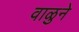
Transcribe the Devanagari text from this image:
वाळुने